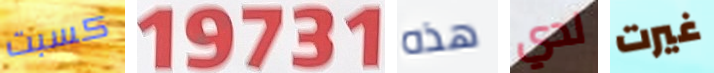
كسبت 19731 هذه لدي غيرت